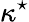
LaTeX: \kappa^{\star}